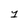
Character: 1